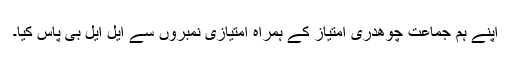
اپنے ہم جماعت چوھدری امتیاز کے ہمراه امتیازی نمبروں سے ایل ایل بی پاس کیا۔